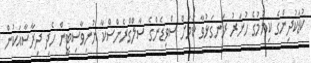
ކުޑަކުދިންގެ ކިޔުމުގެ ހުނަރު ރަނގަޅުވާ ކަމަށް ސްވިޑެންގެ ސާލްގްރެންސްކާ ޔުނިވާސިޓީން ހެދި ދިރާސާއަކުން